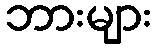
ဘားများ